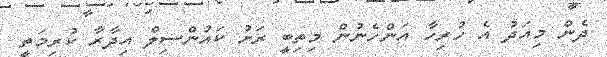
ދެން މިއަދު އެ ހުރިހާ އަންހެނުން މިތިބީ ރަށު ކައުންސިލް އިދާރާ ކުރިމަތީ